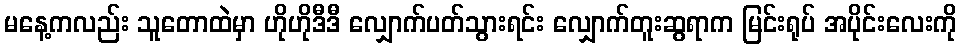
မနေ့ကလည်း သူတောထဲမှာ ဟိုဟိုဒီဒီ လျှောက်ပတ်သွားရင်း လျှောက်တူးဆွရာက မြင်းရုပ် အပိုင်းလေးကို